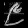
Digit: ၉